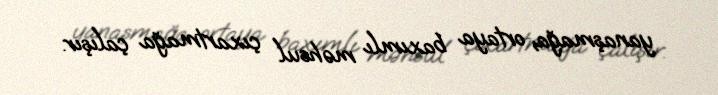
yanaşmağa, ortaya baxımlı məhsul çıxartmağa çalışır.